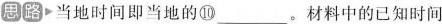
思路 当地时间即当地的⑩___。材料中的已知时间